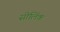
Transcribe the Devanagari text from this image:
सीलिंक